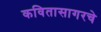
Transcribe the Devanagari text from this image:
कवितासागरचे